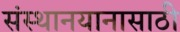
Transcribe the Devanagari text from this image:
संस्थानयानासाठी